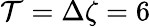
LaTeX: \mathcal{T}=\Delta\zeta=6